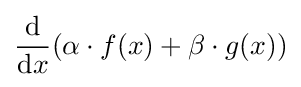
{\frac {\mbox{d}}{{\mbox{d}}x}}(\alpha \cdot f(x)+\beta \cdot g(x))